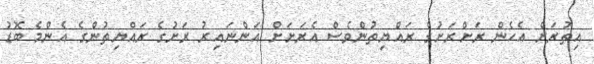
އިތުރަށް އެހެން ރަށްރަށުގެ ރައްޔިތުންވެސް އެރަށަށް އަންނައިރު ރަށުގެ ރައްޔިތުންގެ އެންމެ ބޮޑު